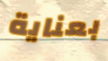
بعناية